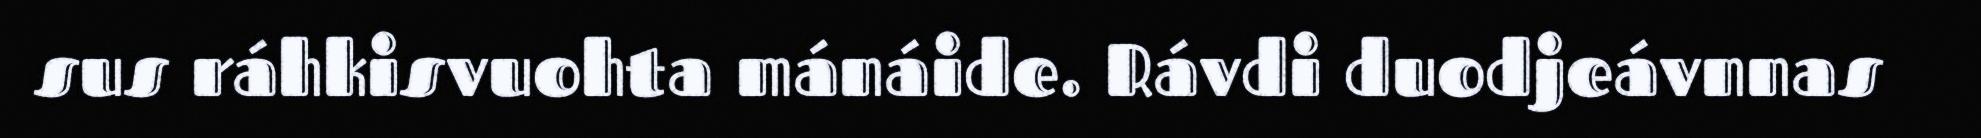
sus ráhkisvuohta mánáide. Rávdi duodjeávnnas